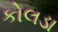
કોલડા